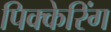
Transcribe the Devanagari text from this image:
पिक्केरिंग